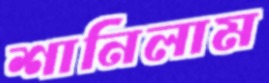
শানিলাম